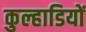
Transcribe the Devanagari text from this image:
कुल्हाडियों